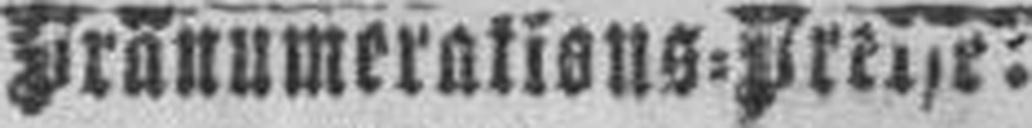
Fränumerations=Preise: